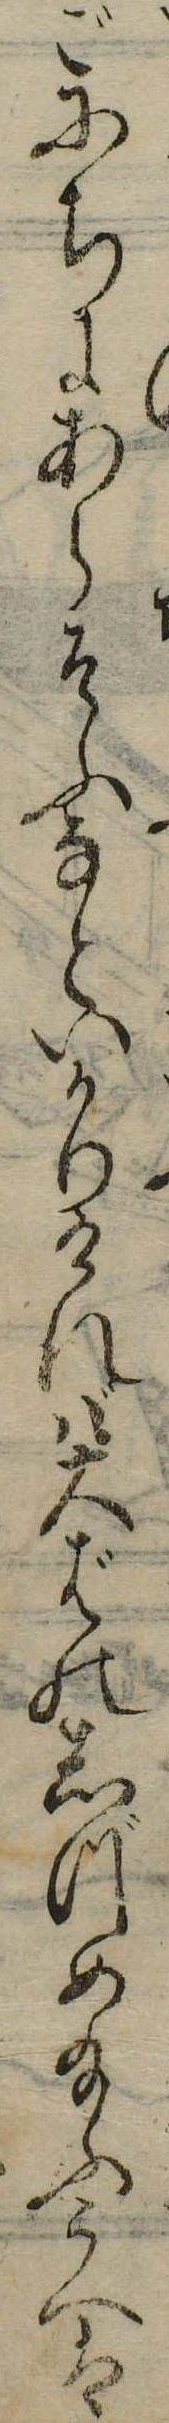
ごにちにあらそふなといかりければ大ばのしづめ給ふうへは